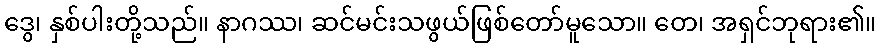
ဒွေ၊ နှစ်ပါးတို့သည်။ နာဂဿ၊ ဆင်မင်းသဖွယ်ဖြစ်တော်မူသော။ တေ၊ အရှင်ဘုရား၏။